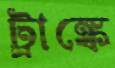
ট্রাঙ্কে